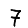
Digit: 7